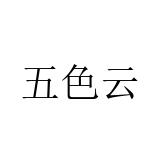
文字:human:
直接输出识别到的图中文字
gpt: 五色云